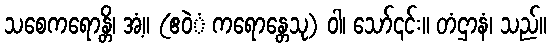
သစေကရောန္တိ၊ အံ့။ (ဧဝဲံ ကရောန္တေသု) ဝါ၊ သော်၎င်း။ တံဌာနံ၊ သည်။